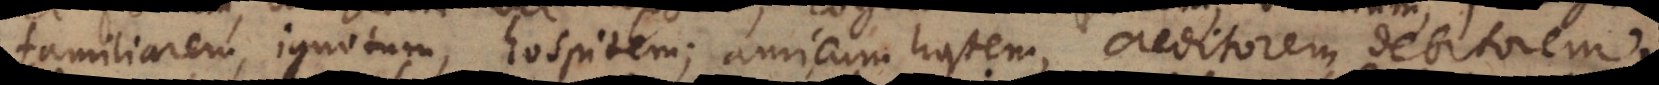
familiarem, ignotum, hospitem; amicum hostem, creditorem debitorem